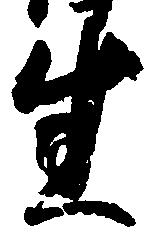
生